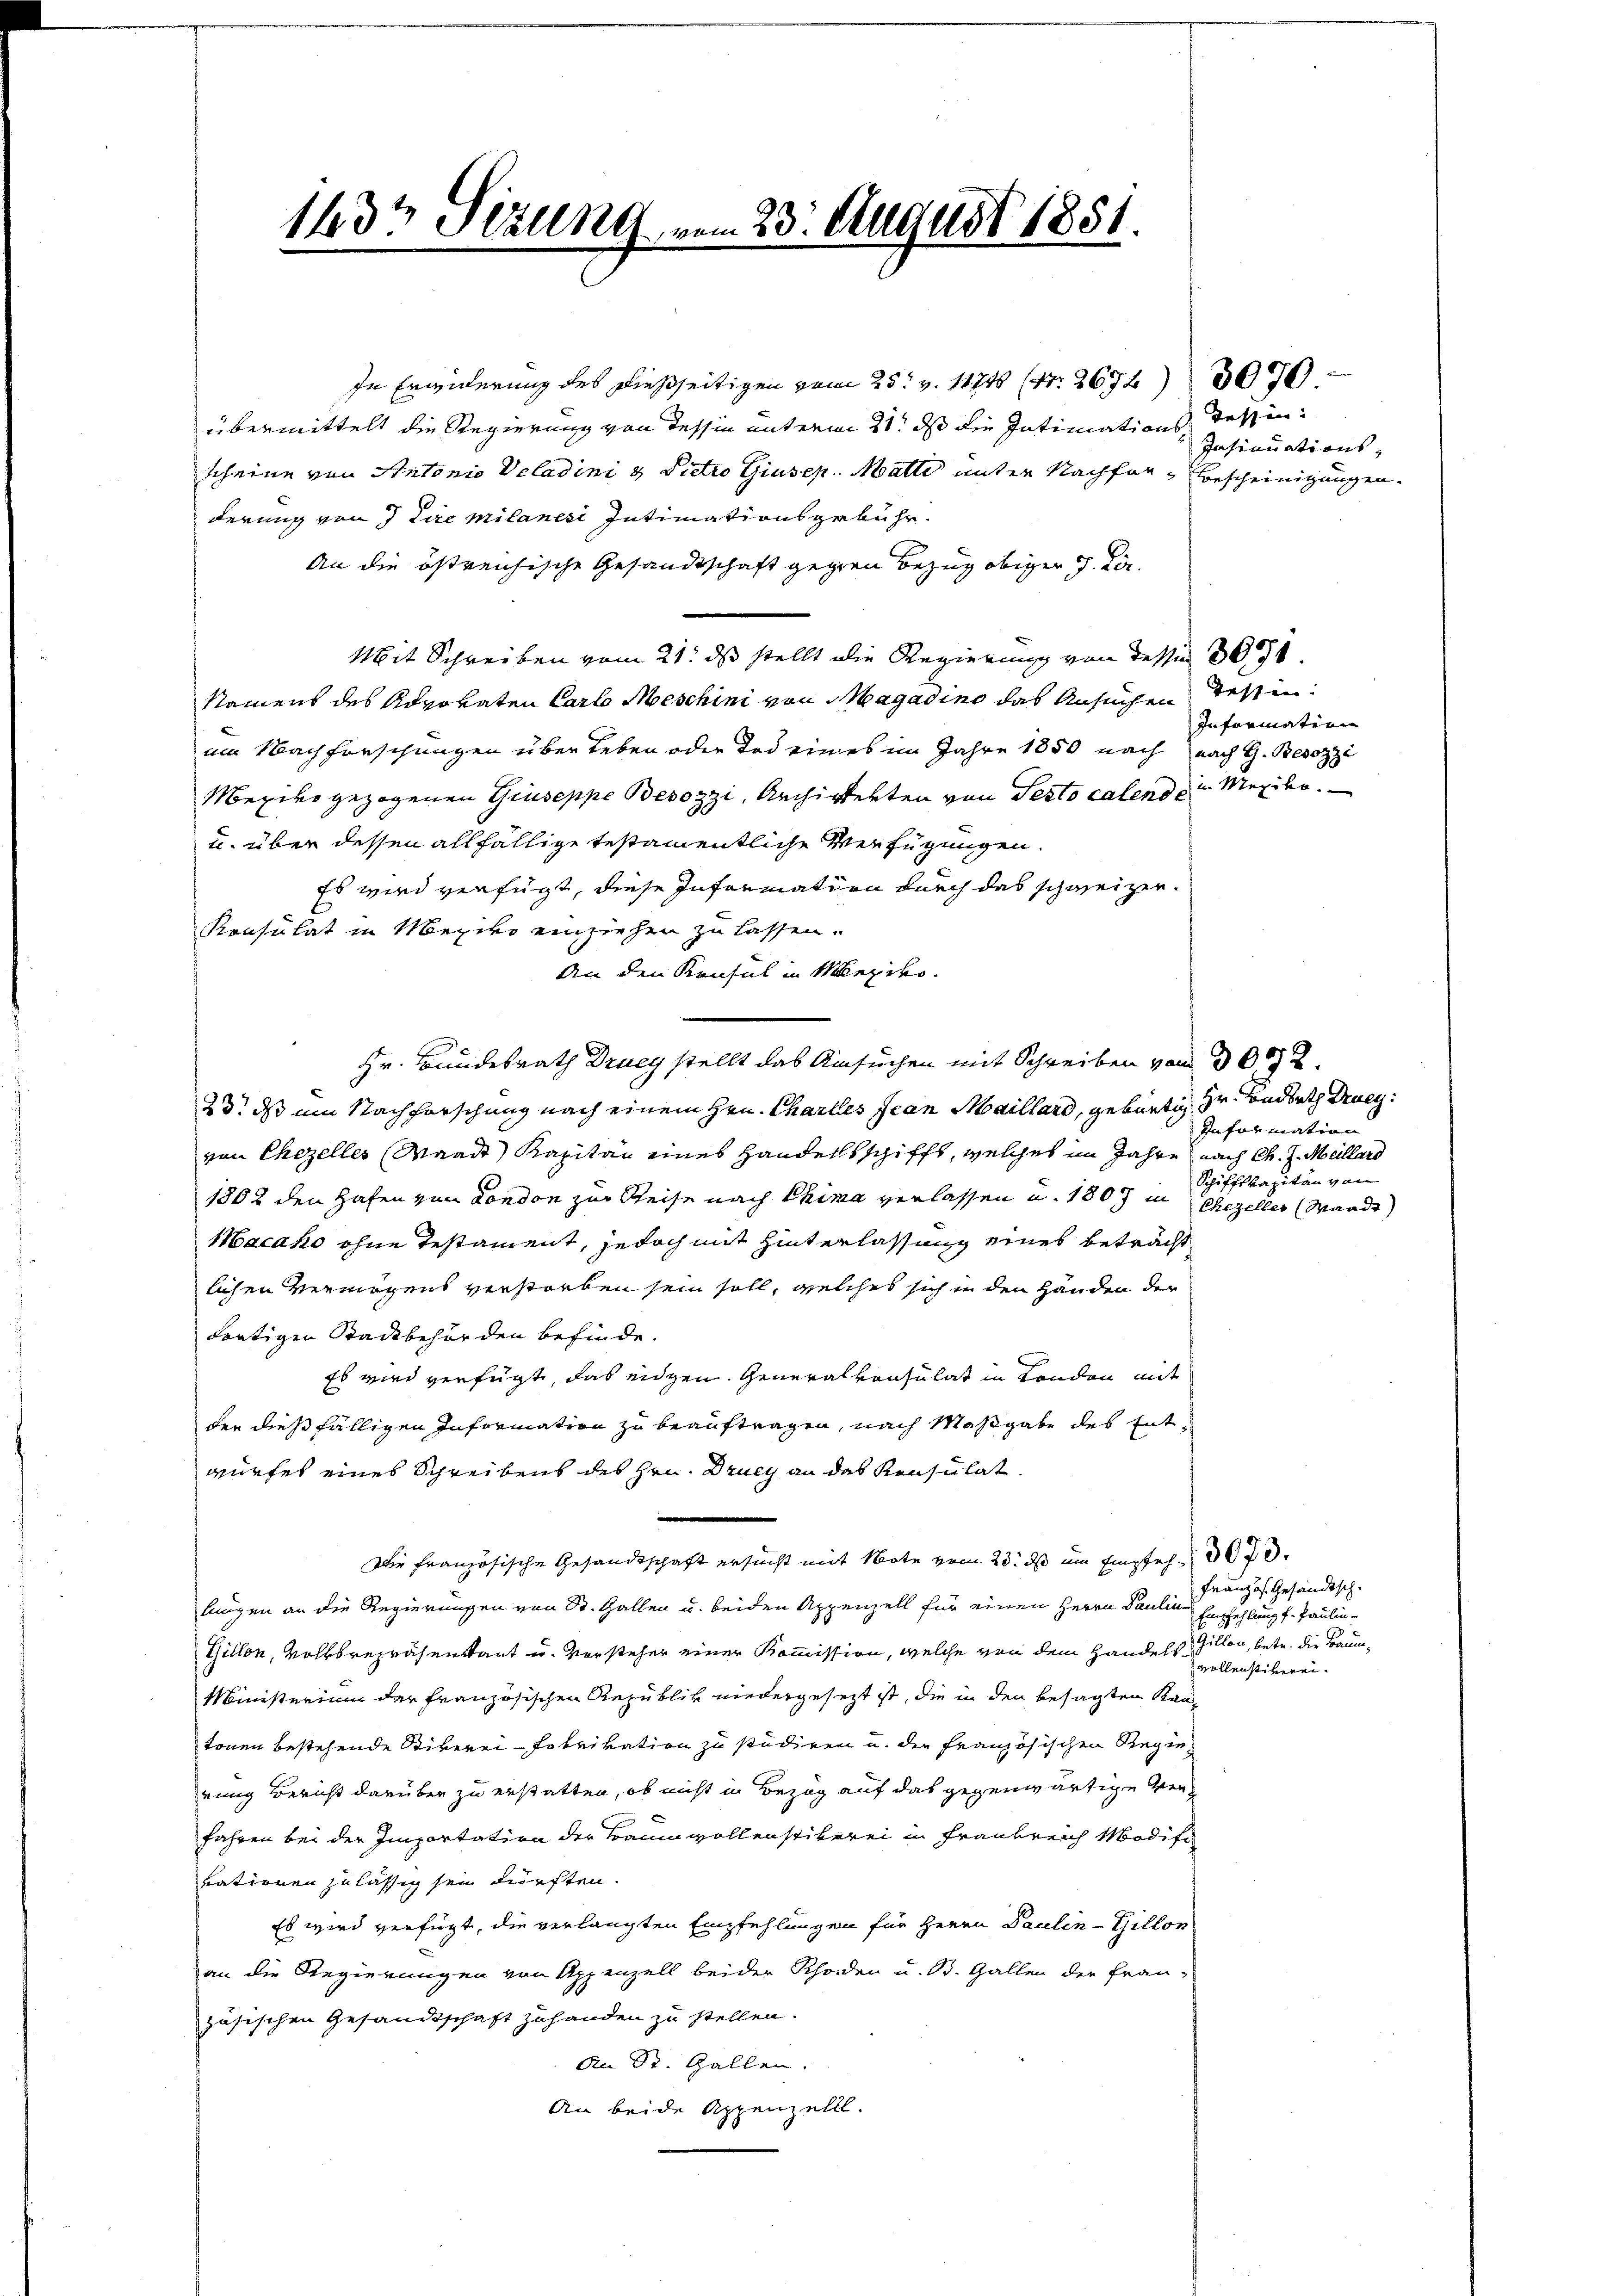
1437 Stzung vom 23. August 1851.

In Erwiderung des dießseitigen vom 25t v. 11748 (Nr. 2672307
übermittelt die Regierung von dessin unterm 21. ds die Intimations Tessinscheine von Antonio Veladini u Pietro Giusep. Matte unter Nachfer-Bescheinigungen
derung von 7 Lire Milanesi Intimationsgebühr.
An die östreichische Gesandtschaft gegen Bezug obiger J. Ker¬
Mit Schreiben vom 21. ds stellt die Regierung von dessen 30
Stammens des Revokaten Carlo Meschini von Magadino das Ansuchen Tessinum Nachforschungen über Leben oder Tod eines im Jahre 1850 nach nach G. Besozzi
Mexiko gezogenen Giuseppe Besozzi, Archigerten von Pesto calend ein Menden.
u. über dessen allfällige testamentliche Verfügungen.
Es wird verfügt, diese Information durch das schweizer.
Krasulat in Mexiko einziehen zu lassen.
An den Konsul in Menziko
Hr. Bundesrath Drucy stellt das Ansuchen mit Schreiben von 30072.
23. das um Nachforschung nach einem Hrn. Charlles Jean Maillard, gebürtig, Hr. Bondrath Drueyvon Chezelles Waadt Kapitän eines Handertschifft, welches im Jahre nach Ch. J. Müllerd
1802 den Hafen von London zur Reise nach Chima verlassen u. 1807 in
Macako ohne Testament, jedoch mit Hinterlassung eines betracht
lichen Vermögens verstorben sein soll, welches sich in den Handen der
trätigen Stadtbehörden befinde.
Es wird verfügt, das eidgen. Generalkonsulat in London mit
der dießfälligen Information zu beauftragen, nach Maßgabe des Entwürfet eines Schreibens des Hrn. Drucy an das Konsulat
Die französische Gesandtschaft ersucht mit Note vom 23. ds um Empfeh
lungen an die Regierungen von St. Gallen u. beiden Appenzell für einen Herrn Pauline Empfehlung f. Paulin¬
Gillon, Volksrepräsentant u. Vorsteher einer Kommission, welche von dem Handels Gillon, betr. die Baum¬
Ministerium der französischen Republik niedergesetzt ist, die in den besagten Kantonen bestehende Stiverei-Fabrikation zu studiren u. der Französischen Regierung Bericht darüber zu erstatten, ob nicht in Bezug auf das gegenwärtige Verfahren bei der Importation der Baum vollenstiterei in Frankreich Modifi
vationen zulässig sei dürften.
Es wird verfügt, die verlangten Empfehlungen für Herrn Paulin-Gillon
an die Regierungen von Appenzell beider Rhoden u. B. Gallen der Fran-
zösischen Gesandtschaft zuhanden zu stellen.
An St. Gallen.
An beide Appenzelll.

Insinuations-

Informatin

Information
Schiffskapitän von
Ehezeller Waadt)

Französ. Gesandtsch.
vollenstituiren.